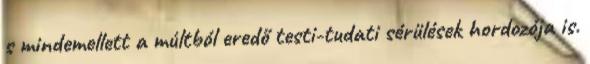
s mindemellett a múltból eredő testi-tudati sérülések hordozója is.